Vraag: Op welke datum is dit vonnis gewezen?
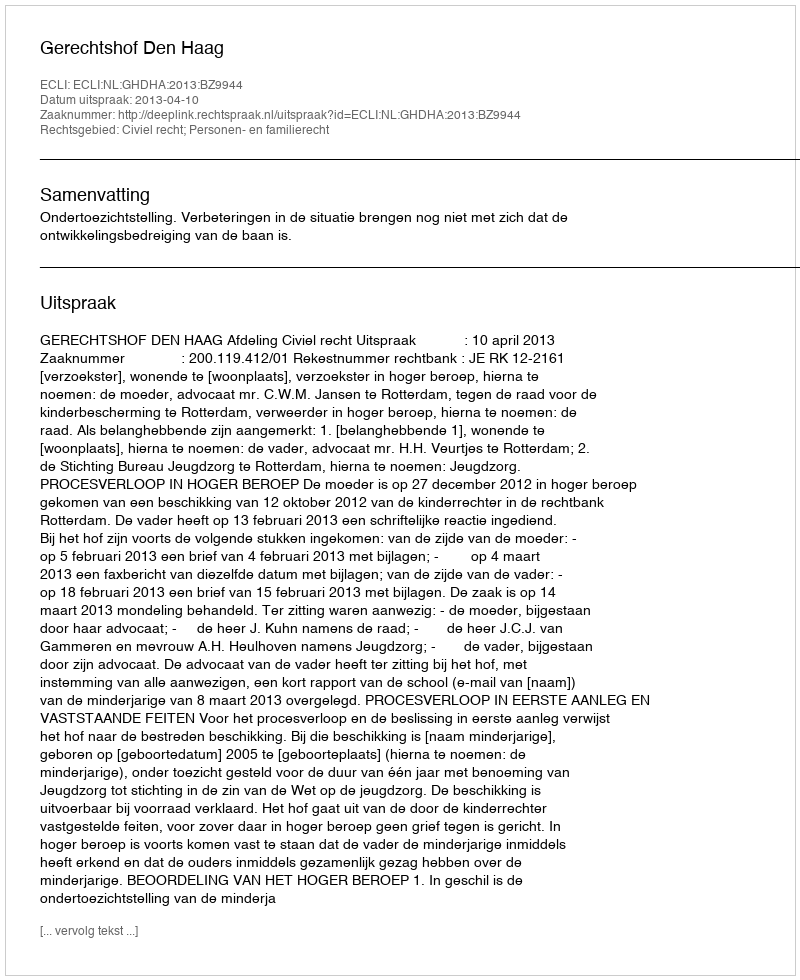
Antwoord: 2013-04-10